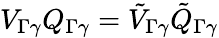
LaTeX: V_{\Gamma\gamma}Q_{\Gamma\gamma}=\tilde{V}_{\Gamma\gamma}\tilde{Q}_{\Gamma\gamma}